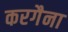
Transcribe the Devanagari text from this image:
करगैना